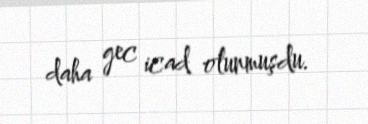
daha gec icad olunmuşdu.